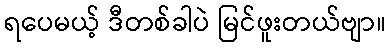
ရပေမယ့် ဒီတစ်ခါပဲ မြင်ဖူးတယ်ဗျာ။